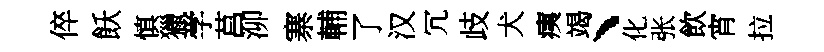
倅飫慎獵学莒泖寨輔了汉冗歧犬痍竭、化张飲宵拉